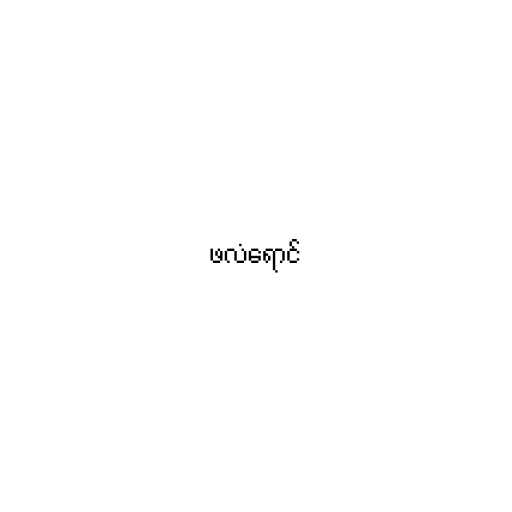
ဖလံရောင်